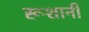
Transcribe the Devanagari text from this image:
रूशानी